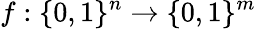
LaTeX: f:\{ 0,1\} ^{n}\rightarrow\{ 0,1\} ^{m}